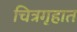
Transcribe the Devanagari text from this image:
चित्रगृहात